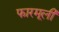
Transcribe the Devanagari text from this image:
फारमूली